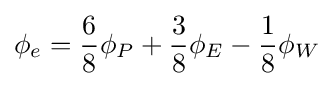
\phi _{e}={\frac {6}{8}}\phi _{P}+{\frac {3}{8}}\phi _{E}-{\frac {1}{8}}\phi _{W}